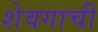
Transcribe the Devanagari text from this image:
शेवगाची